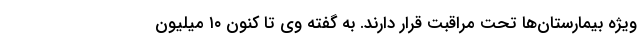
ویژه بیمارستان‌ها تحت مراقبت قرار دارند. به گفته وی تا کنون ۱۰ میلیون